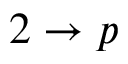
2 \rightarrow p